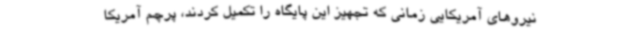
نیروهای آمریکایی زمانی که تجهیز این پایگاه را تکمیل کردند، پرچم آمریکا